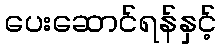
ပေးဆောင်ရန်နှင့်